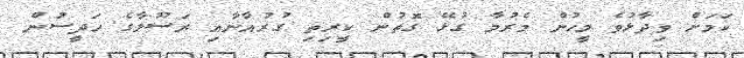
ކަމަށް ވިދާޅުވެ މީހުން މެރުމާ ގުޅޭ ގޮތުން ކީރިތި ގުރުއާނާއި ރަސޫލާގެ ހަދީސުން